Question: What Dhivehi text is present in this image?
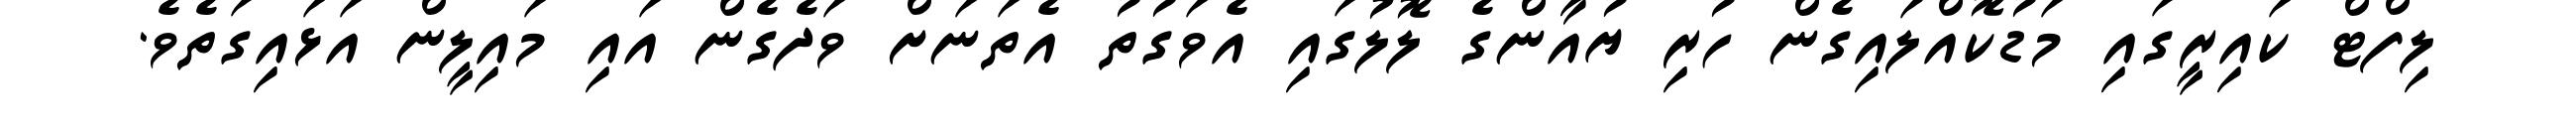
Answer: ލިފްޓް ކައިރީގައި މަޑުކޮއްލައިގެން ހުރި ޔުއާންގެ ލޮލުގައި އެވަގުތު އެތަނަށް ވަދެގެން އައި މައިލީން އަޅައިގަތެވެ.